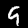
Label: 9